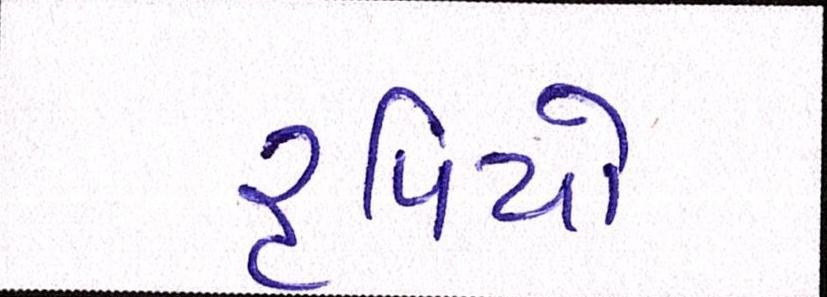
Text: રૃપિયો